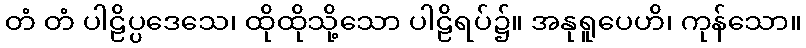
တံ တံ ပါဠိပ္ပဒေသေ၊ ထိုထိုသို့သော ပါဠိရပ်၌။ အနုရူပေဟိ၊ ကုန်သော။